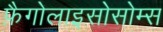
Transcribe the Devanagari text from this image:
फ़ैगोलाइसोसोम्स